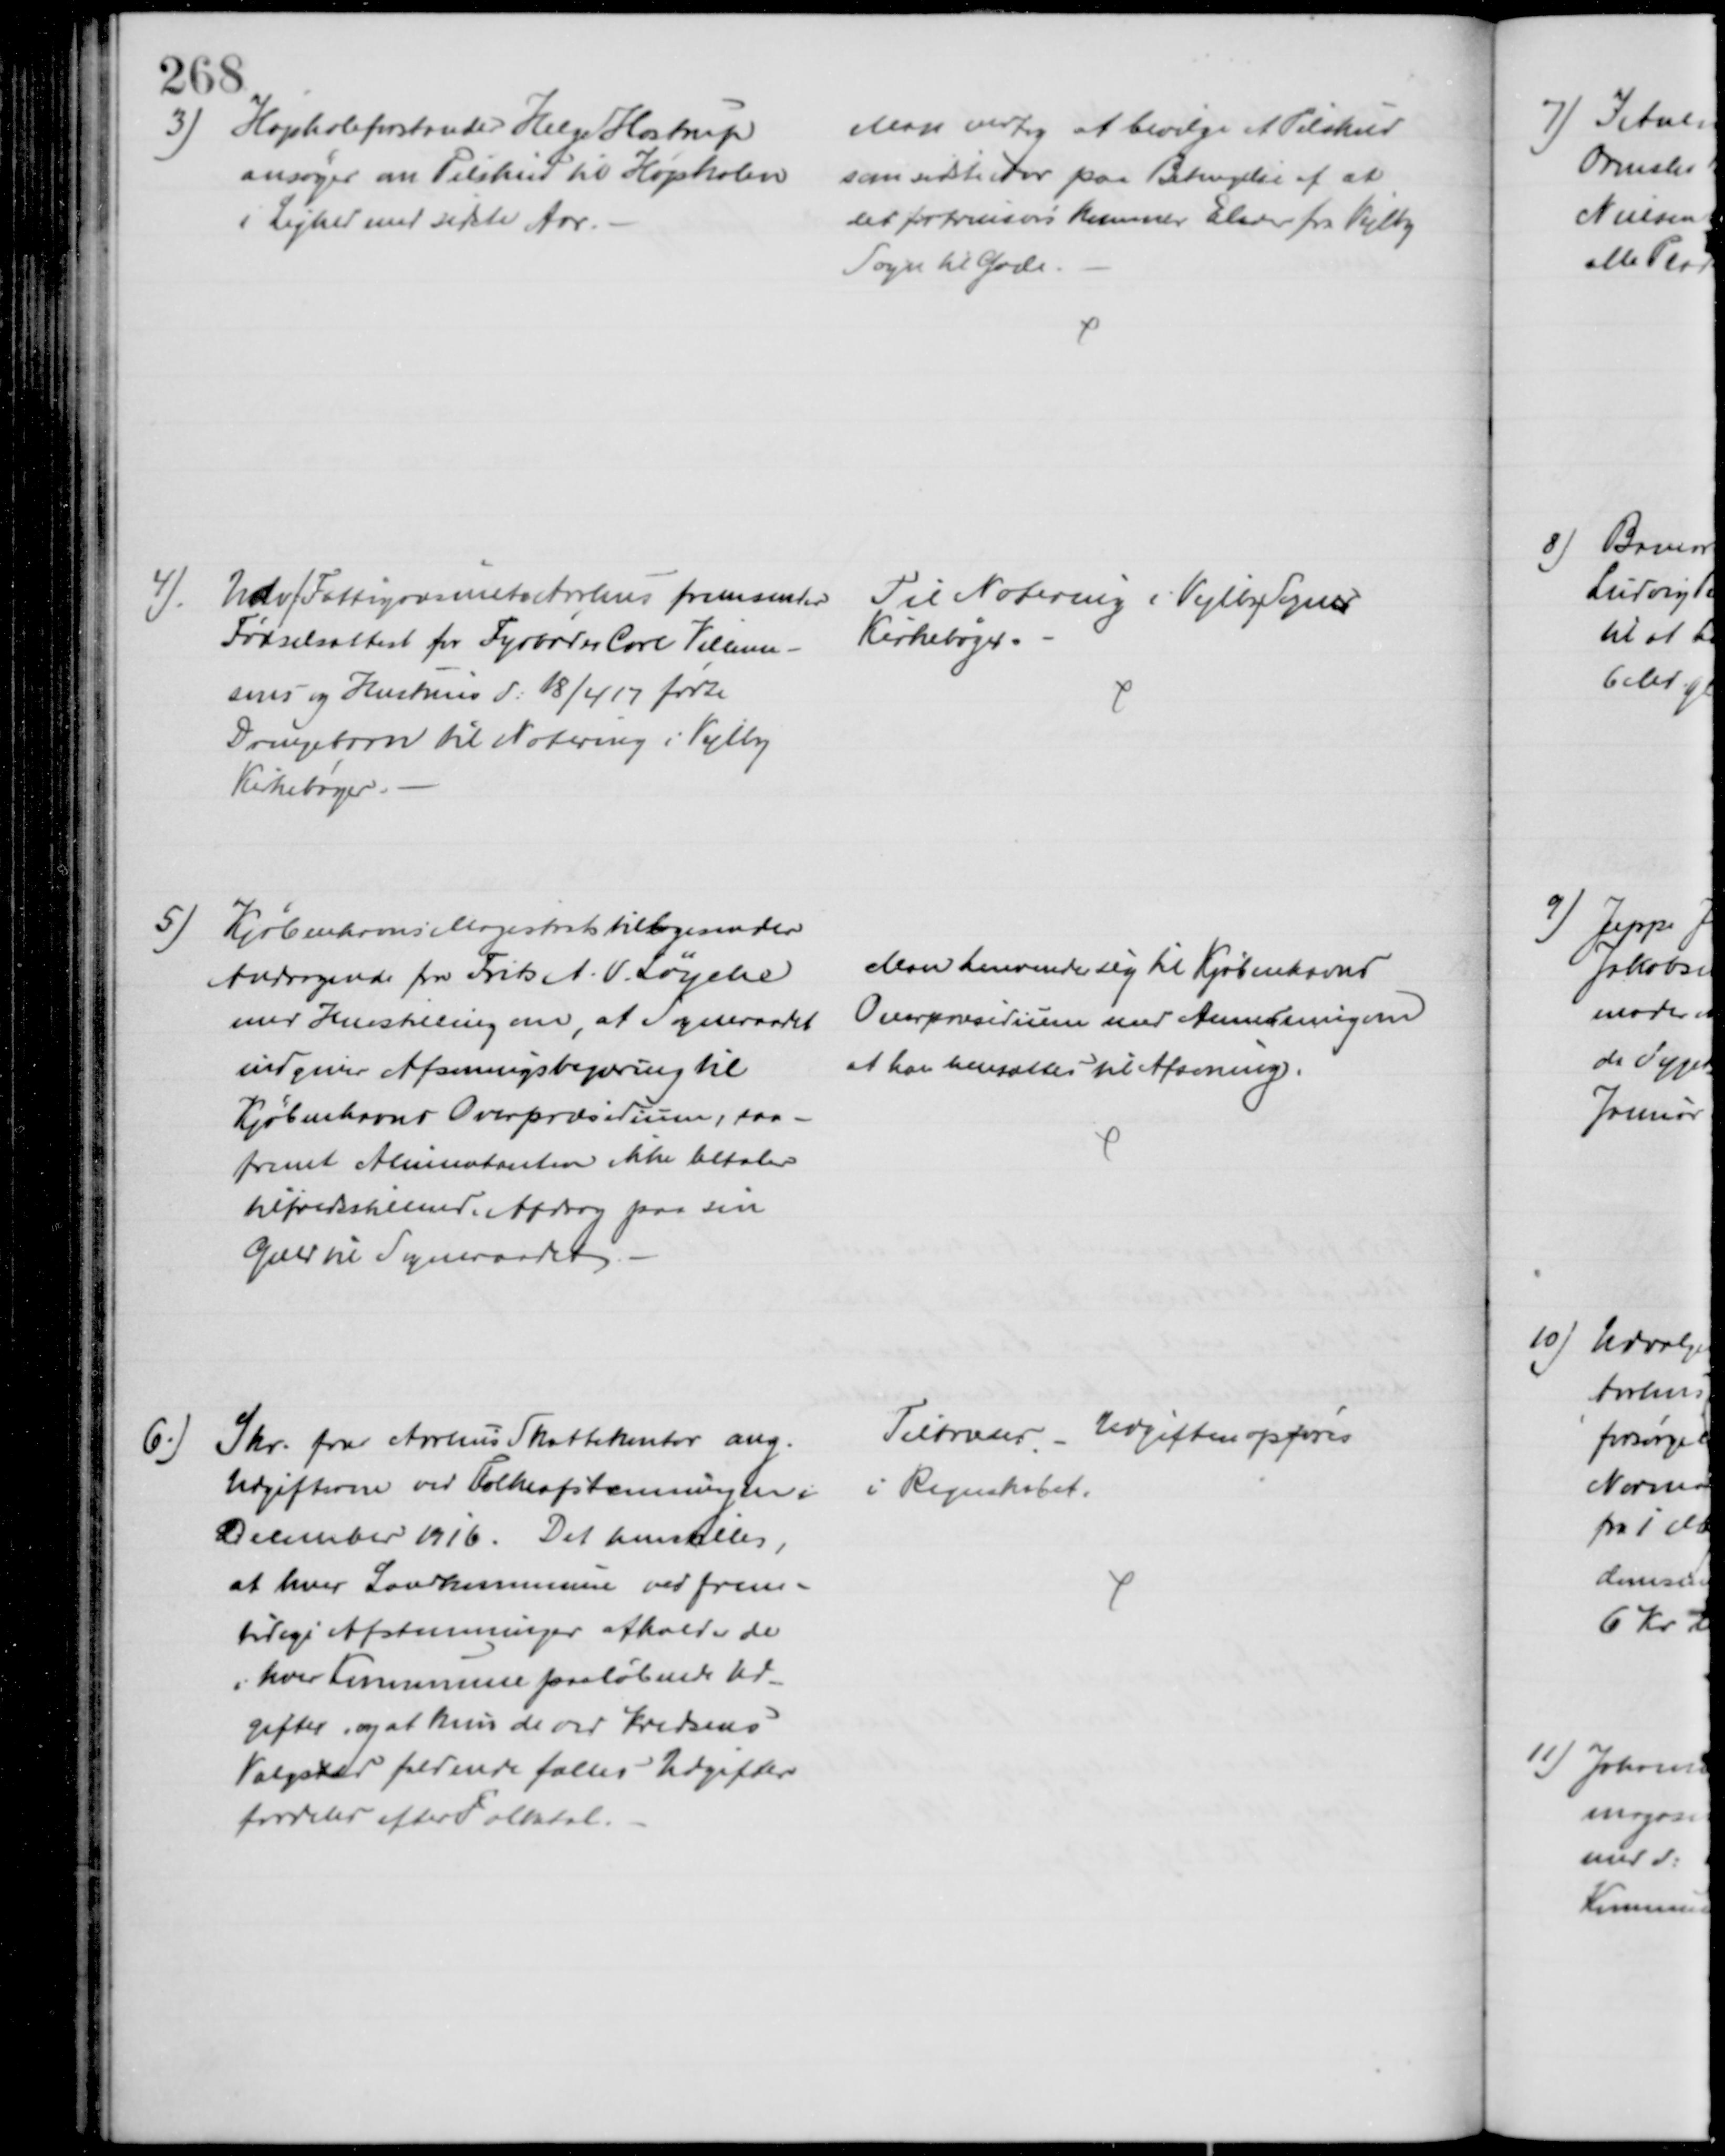
Transskription:
3) Højskoleforstander Helge Hostrup
ansøger om Tilskud til Højskolen
i Lighed med sidste Aar.
Man vedtog at bevilge et Tilskud
som sidste Aar paa Betingelse af at
det fortrinsvis kommer Elever fra Vejlby
Sogn til Gode
4)
Udv f Fattigvæsenet Aarhus fremsender 
Fødselsattest for Fyrbøder Carl Villum-
sens og Hustrus d: 18/4 17 fødte
Drengebarn til Notering i Vejlby
Kirkebøger.
Til Notering i Vejlby Sogns
Kirkebøger
5) Kjøbenhavns Magistrats tilbagesender
Andragende fra Frits A. V. Løyche
med Henstilling om, at Sogneraadet
indgiver Afsoningsbegæring til
Kjøbenhavns Overpræsidium, saa-
fremt Alimentanten ikke betaler
tilfredsstillende Afdrag paa sin
Gæld til Sogneraadet
Man henvender sig til Kjøbenhavns
Overpræsidium med Anmodning om
at han hensættes til Afsoning.
6.)
Skr. fra Aarhus Skattekontor ang.
Udgifterne ved Folkeafstemningen i
December 1916. Det henstilles,
at hver Landkommune ved frem-
tidige Afstemninger afholder de
i hver Kommune paaløbende Ud-
gifter, og at kun de ved Kredsens
Valgsted faldende fælles Udgifter
fordeles efter Folketal.
Tiltrædes. - Udgiften opføres
i Regnskabet.